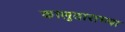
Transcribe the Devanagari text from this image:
कालुताराच्या